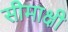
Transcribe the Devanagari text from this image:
सीमाक्षी